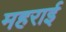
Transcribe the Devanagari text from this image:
महराई